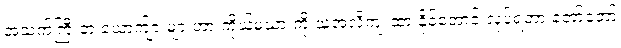
အသက်ကြီးတဲ့ ယောက်ျားများဟာ ကိုယ့်မယားကို သူ့အလိုကျ ထားနိုင်အောင် လုပ်ရတာ တော်တော်